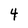
Character: 4